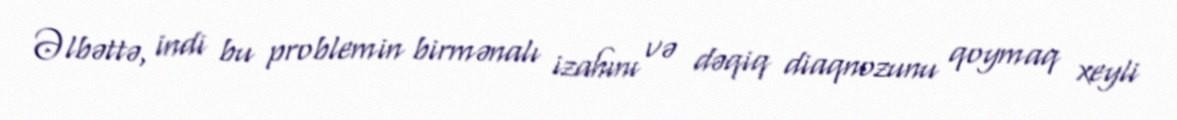
Əlbəttə, indi bu problemin birmənalı izahını və dəqiq diaqnozunu qoymaq xeyli